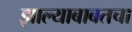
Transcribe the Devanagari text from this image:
झाल्याबाबतचा